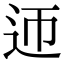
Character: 迊